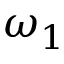
\omega _ { 1 }